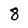
Character: 8